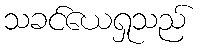
သခင်ယေရှုသည်